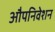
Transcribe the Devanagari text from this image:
औपनिवेशन